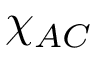
\chi _ { A C }